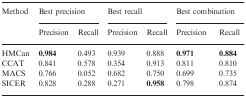
<table><thead><tr><td rowspan="2"><b>Method</b></td><td colspan="2"><b>Best precision</b></td><td colspan="2"><b>Best recall</b></td><td colspan="2"><b>Best combination</b></td></tr><tr><td><b>Precision</b></td><td><b>Recall</b></td><td><b>Precision</b></td><td><b>Recall</b></td><td><b>Precision</b></td><td><b>Recall</b></td></tr></thead><tbody><tr><td>HMCan</td><td><b>0.984</b></td><td>0.493</td><td>0.939</td><td>0.888</td><td><b>0.971</b></td><td><b>0.884</b></td></tr><tr><td>CCAT</td><td>0.841</td><td>0.578</td><td>0.354</td><td>0.913</td><td>0.811</td><td>0.810</td></tr><tr><td>MACS</td><td>0.766</td><td>0.052</td><td>0.682</td><td>0.750</td><td>0.699</td><td>0.735</td></tr><tr><td>SICER</td><td>0.828</td><td>0.288</td><td>0.271</td><td><b>0.958</b></td><td>0.798</td><td>0.874</td></tr></tbody></table>